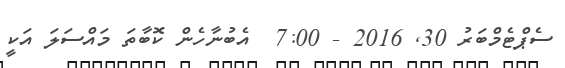
ސެޕްޓެމްބަރު 30